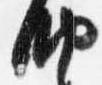
納